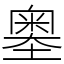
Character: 𡒃